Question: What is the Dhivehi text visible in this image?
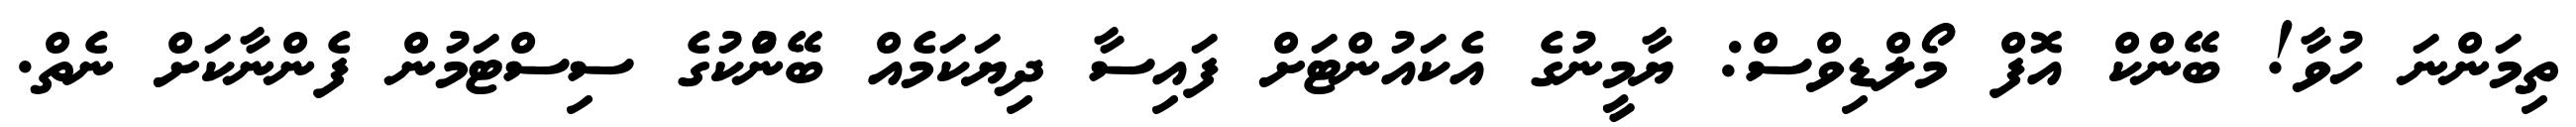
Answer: ތިމަންނަ ހުވާ! ބޭންކް އޮފް މޯލްޑިވްސް: ޔާމީނުގެ އެކައުންޓަށް ފައިސާ ދިޔަކަމެއް ބޭނުްކުގެ ސިސްޓަމުން ފެންނާކަށް ނެތް.